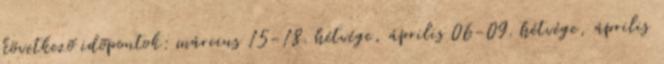
következõ idõpontok: március 15-18. hétvége, április 06-09. hétvége, április